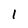
Character: 1